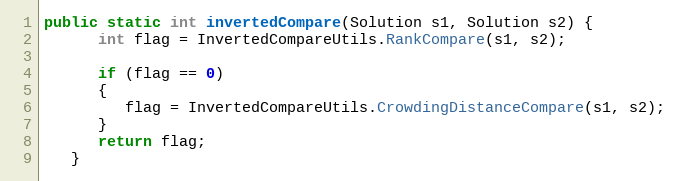
Language: Java
public static int invertedCompare(Solution s1, Solution s2) {
      int flag = InvertedCompareUtils.RankCompare(s1, s2);

      if (flag == 0)
      {
         flag = InvertedCompareUtils.CrowdingDistanceCompare(s1, s2);
      }
      return flag;
   }